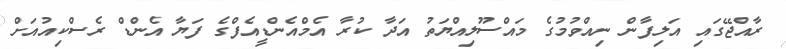
ރާއްޖޭގައި އަލިފާން ނިއްވުމުގެ މައްސޫލިއްޔަތު އަދާ ކުރާ އެމްއެންޑީއެފްގެ ފަޔާ އެންޑް ރެސްކިއުއަށް